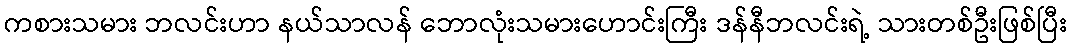
ကစားသမား ဘလင်းဟာ နယ်သာလန် ဘောလုံးသမားဟောင်းကြီး ဒန်နီဘလင်းရဲ့ သားတစ်ဦးဖြစ်ပြီး